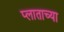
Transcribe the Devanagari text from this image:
प्लाताच्या